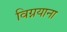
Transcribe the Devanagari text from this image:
विग्नयाना